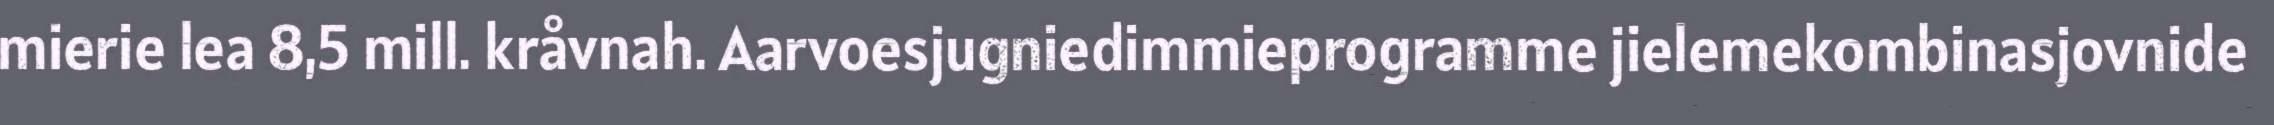
mierie lea 8,5 mill. kråvnah. Aarvoesjugniedimmieprogramme jielemekombinasjovnide